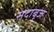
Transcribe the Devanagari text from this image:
सदाबृज